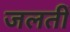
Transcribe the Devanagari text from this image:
जलतीं